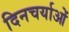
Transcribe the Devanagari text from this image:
दिनचर्याओं